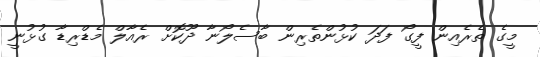
މީގެ ތެރެއިން ފީގޯ ފަދަ ކުޅުންތެރިން ބާސެލޯނާ ދޫކޮށް ރެއާލް މެޑްރިޑާ ގުޅުނީ